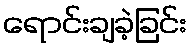
ရောင်းချခဲ့ခြင်း